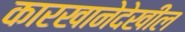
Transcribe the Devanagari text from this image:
कारखानेदेखील